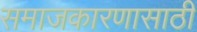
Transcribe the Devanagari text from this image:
समाजकारणासाठी